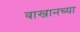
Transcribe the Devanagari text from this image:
वाखानच्या